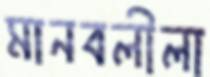
মানবলীলা